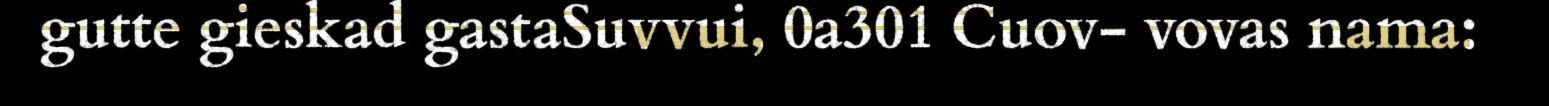
gutte gieskad gastaSuvvui, 0a301 Cuov- vovas nama: